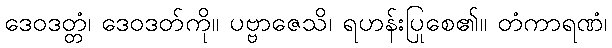
ဒေဝဒတ္တံ၊ ဒေဝဒတ်ကို။ ပဗ္ဗာဇေသိ၊ ရဟန်းပြုစေ၏။ တံကာရဏံ၊